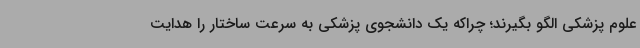
علوم پزشکی الگو بگیرند؛ چراکه یک دانشجوی پزشکی به سرعت ساختار را هدایت